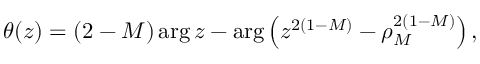
\theta ( z ) = ( 2 - M ) \arg z - \arg \left( z ^ { 2 ( 1 - M ) } - \rho _ { M } ^ { 2 ( 1 - M ) } \right) ,